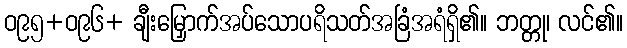
ဝ၉၅+ဝ၉၆+ ချီးမြှောက်အပ်သောပရိသတ်အခြံအရံရှိ၏။ ဘတ္တု၊ လင်၏။